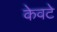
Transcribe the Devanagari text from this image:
केवटे